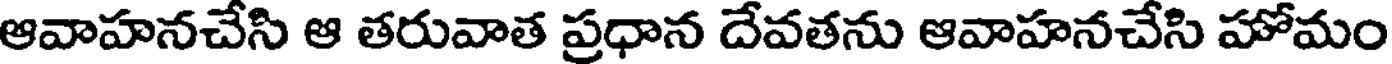
ఆవాహనచేసి ఆ తరువాత ప్రధాన దేవతను ఆవాహనచేసి హోమం